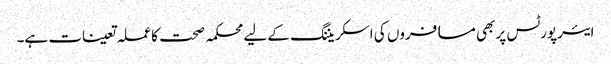
ایئرپورٹس پر بھی مسافروں کی اسکریننگ کے لیے محکمہ صحت کا عملہ تعینات ہے۔